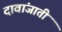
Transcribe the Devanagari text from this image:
दावांजाती